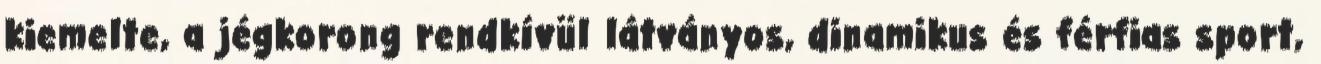
kiemelte, a jégkorong rendkívül látványos, dinamikus és férfias sport,